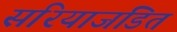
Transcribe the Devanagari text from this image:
सरियाजडित